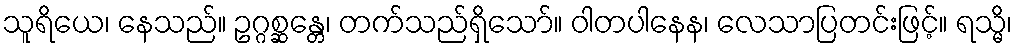
သူရိယေ၊ နေသည်။ ဥဂ္ဂစ္ဆန္တေ၊ တက်သည်ရှိသော်။ ဝါတပါနေန၊ လေသာပြတင်းဖြင့်။ ရသ္မိ၊